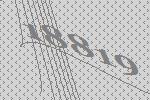
18819